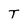
Character: T